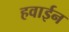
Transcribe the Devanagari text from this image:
हवाईन